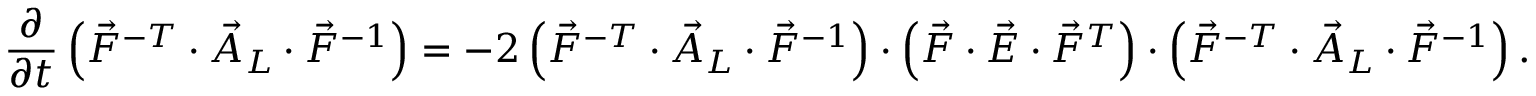
\frac { \partial } { \partial t } \left( \vec { F } ^ { - T } \cdot \vec { A } _ { L } \cdot \vec { F } ^ { - 1 } \right) = - 2 \left( \vec { F } ^ { - T } \cdot \vec { A } _ { L } \cdot \vec { F } ^ { - 1 } \right) \cdot \left( \vec { F } \cdot \vec { E } \cdot \vec { F } ^ { T } \right) \cdot \left( \vec { F } ^ { - T } \cdot \vec { A } _ { L } \cdot \vec { F } ^ { - 1 } \right) .